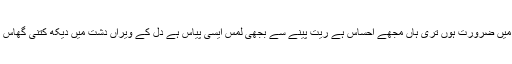
قندیل بدر
عشق ہے بن واس ہے قیس کی میراث ہے تو میرا وشواس تھا تو میرا وشواس ہے مَیں ضرورت ہوں تری ہاں مجھے احساس ہے ریت پینے سے بجھی لمس ایسی پیاس ہے دل کے ویراں دشت میں دیکھ کتنی گھاس ہے گھٹ رہا ہے دم مرا اس قدر تو پاس ہے میں نے چاہا ہے تجھے کیا تْو اتنا ...
آؤ علَم اٹھاؤ ۔